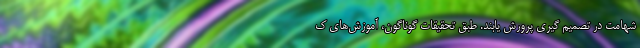
شهامت در تصمیم گیری پرورش یابند. طبق تحقیقات گوناگون، آموزش‌های ک